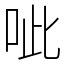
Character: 呲